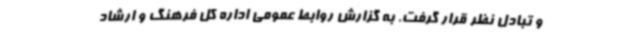
و تبادل نظر قرار گرفت. به گزارش روابط عمومی اداره کل فرهنگ و ارشاد